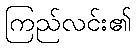
ကြည်လင်း၏